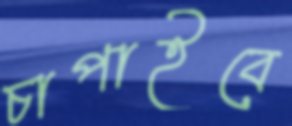
চাপাইবে